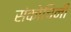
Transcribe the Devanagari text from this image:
संकोचिनी